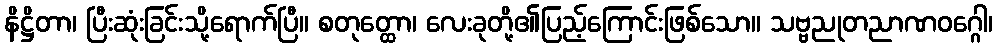
နိဋ္ဌိတာ၊ ပြီးဆုံးခြင်းသို့ရောက်ပြီ။ စတုတ္ထော၊ လေးခုတို့၏ပြည့်ကြောင်းဖြစ်သော။ သဗ္ဗညုတညာဏဝဂ္ဂေါ၊